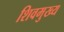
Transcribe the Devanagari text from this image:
शिवमुख्य